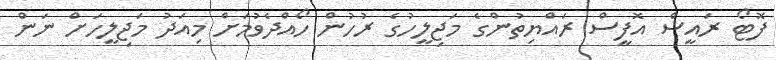
ފޮޓޯ ރައީސް އޮފީސް ރައްޔިތުންގެ މަޖިލީހުގެ ރުހުން ހޯއްދެވުމަށް މިއަދު މަޖިލީހަށް ނަން